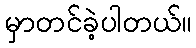
မှာတင်ခဲ့ပါတယ်။